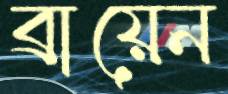
ব্রায়েন